Report on sanitation, dispensaries, and jails in Rajputana for 1916, and on vaccination for the year 1916-1917 - 1916-1917
Year: 1916
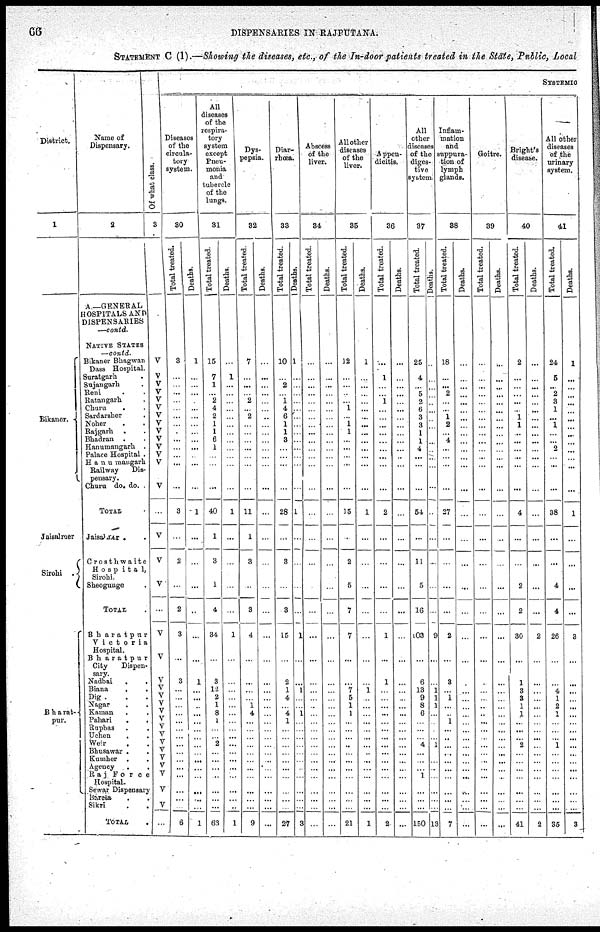
66
DISPENSARIES IN RAJPUTANA.
STATEMENT C (I).—Showing the diseases, etc., of the In-door patients treated in the State, Public, Local
District.
1
Bikaner .
Jaisalmer
Sirohi .
Bharat-
pur.
Name of
Dispensary.
2
A.—GENERAL
HOSPITALS AND
DISPENSARIES
—contd.
NATIVE STATES
—contd.
Bikaner Bhagwan
Dass Hospital.
Suratgarh .
Sujangarh .
Reni . .
Ratangarh .
Churu . .
Sardarsher .
Noher . .
Rajgarh . .
Bhadran . .
Hanumangarh .
Palace Hospital .
Hanumangarh
Railway
Dis-
pensary.
Churu do. do. .
TOTAL .
Jaisalmer . .
Crosthwaite
Hospita1,
Sirohi.
Sheogunge .
TOTAL .
Bharatpur
Victoria
Hospital.
Bharatpur
City
Dispen-
sary.
Nadbai
.
.
Biana
.
.
Dig . . .
Nagar
. .
Kaman . .
Pahari
. .
Rupbas . .
Uchen
. .
Weir . .
Bhusawar . .
Kumher . .
Agency . .
Raj
Force
Hospital.
Sewar Dispensary
Bareta . .
Sikri
.
.
TOTAL .
Of what class.
3
V
V
V
V
V
V
V
V
V
V
V
V
V
V
...
V
V
V
...
V
V
V
V
V
V
V
V
V
V
V
V
V
V
V
V
V
...
SYSTEMIC
Diseases
of the
circula-
tory
system.
30
Total treated.
3
...
...
...
...
...
...
...
...
...
...
...
...
...
3
...
2
...
2
3
...
3
...
...
...
...
...
...
...
...
...
...
...
...
...
...
...
6
Deaths.
1
...
...
...
...
...
...
...
...
...
...
...
...
...
1
...
...
...
...
...
...
1
...
...
...
...
...
...
...
...
...
...
...
...
...
...
...
1
All
diseases
of the
respira-
tory
system
except
Pneu-
monia
and
tubercle
of the
lungs.
31
Total treated.
15
7
1
... 2
4
2
1
1
6
1
...
...
...
40
1
3
1
4
34
...
3
12
2
1
8
1
...
...
2
...
...
...
...
...
...
...
63
Deaths.
...
1
...
...
...
...
...
...
...
...
...
...
...
...
1
...
...
...
...
1
...
...
...
...
...
...
...
...
...
...
...
...
...
...
...
...
...
1
Dys-
pepsia.
32
Total treated.
7
...
...
... 2
...
2
...
...
...
...
...
...
...
11
1
3
...
3
4
...
...
...
...
1
4
...
...
...
...
...
...
...
...
...
...
...
9
Deaths.
...
...
...
...
...
...
...
...
...
...
...
...
...
...
...
...
...
...
...
...
...
...
...
...
...
...
...
...
...
...
...
...
...
...
...
...
...
...
Diar-
rhœa.
33
Total treated.
10
...
2
... 1
4
6
1
1
3
...
...
...
...
28
...
3
...
3
15
...
2
1
4
...
4
1
...
...
...
...
...
...
...
...
...
...
27
Deaths.
1
...
...
...
...
...
...
...
...
...
...
...
...
...
1
...
...
...
...
1
...
...
1
...
...
1
...
...
...
...
...
...
...
...
...
...
...
3
Abscess
of the
liver.
34
Total treated.
...
...
...
...
...
...
...
...
...
...
...
...
...
...
...
...
...
...
...
...
...
...
...
...
...
...
...
...
...
...
...
...
...
...
...
...
...
...
Deaths.
...
...
...
...
...
...
...
...
...
...
...
...
...
...
...
...
...
...
...
...
...
...
...
...
...
...
...
...
...
...
...
...
...
...
...
...
...
...
All other
diseases
of the
liver.
35
Total treated.
12
...
...
...
...
1
...
1
1
...
...
...
...
...
15
...
2
5
7
7
...
...
7
5
1
1
...
...
...
...
...
...
...
...
...
...
...
21
Deaths.
1
...
...
...
...
...
...
...
...
...
...
...
...
...
1
...
...
...
...
...
...
...
1
...
...
...
...
...
...
...
...
...
...
...
...
...
...
1
Appen-
dicitis.
36
Total treated.
...
1
...
... 1
...
...
...
...
...
...
...
...
...
2
...
...
...
...
1
...
1
...
...
...
...
...
...
...
...
...
...
...
...
...
...
...
2
Deaths.
...
...
...
...
...
...
...
...
...
...
...
...
...
...
...
...
...
...
...
...
...
...
...
...
...
...
...
...
...
...
...
...
...
...
...
...
...
...
All
other
diseases
of the
diges-
tive
system.
37
Total treated.
25
4
...
5
2
8
3
3
1
1
4
...
...
...
54
...
11
5
16
103
...
6
13
9
8
6
...
...
...
4
...
...
...
1
...
...
...
150
Deaths.
...
...
...
...
...
...
...
...
...
...
...
...
...
...
...
...
...
...
...
9
...
...
1
1
1
...
...
...
...
1
...
...
...
...
...
...
...
13
Inflam-
mation
and
suppura-
tion of
lymph
glands.
38
Total treated.
18
...
...
2
...
...
1
2
...
4
...
...
...
...
27
...
...
...
...
2
...
3
...
1
...
...
1
...
...
...
...
...
...
...
...
...
...
7
Deaths.
...
...
...
...
...
...
...
...
...
...
...
...
...
...
...
...
...
...
...
...
...
...
...
...
...
...
...
...
...
...
...
...
...
...
...
...
...
...
Goitre.
39
Total treated.
...
...
...
...
...
...
...
...
...
...
...
...
...
...
...
...
...
...
...
...
...
...
...
...
...
...
...
...
...
...
...
...
...
...
...
...
...
...
Deaths.
...
...
...
...
...
...
...
...
...
...
...
...
...
...
...
...
...
...
...
...
...
...
...
...
...
...
...
...
...
...
...
...
...
...
...
...
...
...
Bright's
disease.
40
Total treated.
2
...
...
...
...
...
1
1
...
...
...
...
...
...
4
...
...
2
2
30
...
1
3
3
1
1
...
...
...
2
...
...
...
...
...
...
...
41
Deaths.
...
...
...
...
...
...
...
...
...
...
...
...
...
...
...
...
...
...
...
2
...
...
...
...
...
...
...
...
...
...
...
...
...
...
...
...
...
2
All other
diseases
of the
urinary
system.
41
Total treated.
24
5
...
2
3
1
...
1
...
...
2
...
...
...
38
...
...
4
4
26
...
...
4
1
2
1
...
...
...
1
...
...
...
...
...
...
...
35
Deaths.
1
...
...
...
...
...
...
...
...
...
...
...
...
...
1
...
...
...
...
3
...
...
...
...
...
...
...
...
...
...
...
...
...
...
...
...
...
3